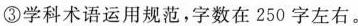
③学科术语运用规范，字数在250字左右。